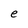
Character: e